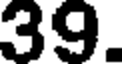
39.